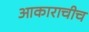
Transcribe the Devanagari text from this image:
आकाराचीच